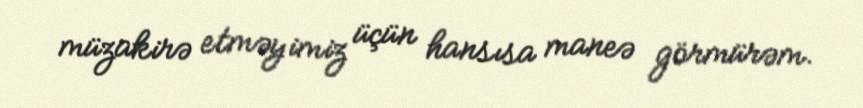
müzakirə etməyimiz üçün hansısa maneə görmürəm.